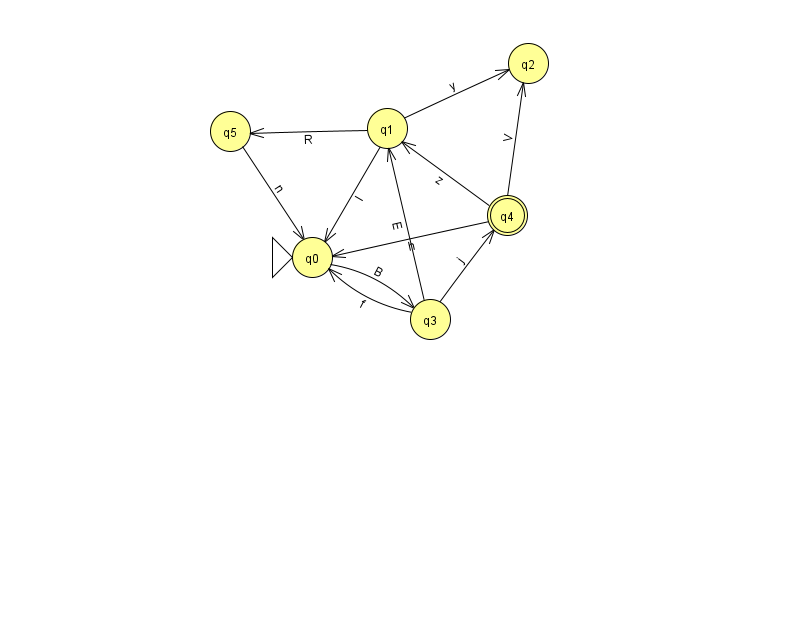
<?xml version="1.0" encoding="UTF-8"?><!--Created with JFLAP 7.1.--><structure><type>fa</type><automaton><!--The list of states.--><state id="0" name="q0"><x>312.0</x><y>244.0</y><initial/></state><state id="1" name="q1"><x>387.0</x><y>115.0</y></state><state id="2" name="q2"><x>528.0</x><y>50.0</y></state><state id="3" name="q3"><x>430.0</x><y>306.0</y></state><state id="4" name="q4"><x>507.0</x><y>202.0</y><final/></state><state id="5" name="q5"><x>230.0</x><y>118.0</y></state><!--The list of transitions.--><transition><from>4</from><to>0</to><read>h</read></transition><transition><from>4</from><to>1</to><read>z</read></transition><transition><from>5</from><to>0</to><read>n</read></transition><transition><from>1</from><to>0</to><read>l</read></transition><transition><from>3</from><to>0</to><read>f</read></transition><transition><from>1</from><to>2</to><read>y</read></transition><transition><from>3</from><to>4</to><read>j</read></transition><transition><from>0</from><to>3</to><read>B</read></transition><transition><from>1</from><to>5</to><read>R</read></transition><transition><from>3</from><to>1</to><read>E</read></transition><transition><from>4</from><to>2</to><read>V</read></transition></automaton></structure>